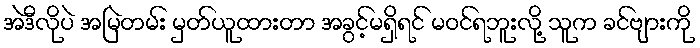
အဲဒီလိုပဲ အမြဲတမ်း မှတ်ယူထားတာ အခွင့်မရှိရင် မဝင်ရဘူးလို့ သူက ခင်ဗျားကို